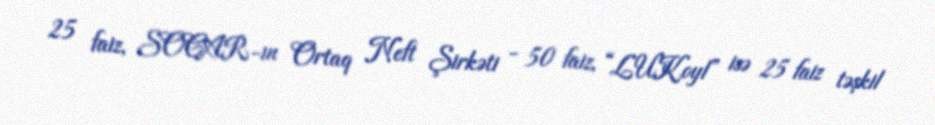
25 faiz, SOCAR-ın Ortaq Neft Şirkəti - 50 faiz, “LUKoyl” isə 25 faiz təşkil